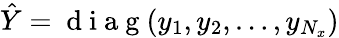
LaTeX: \hat{Y}=\mathrm{~d~i~a~g~}(y_{1},y_{2},\ldots,y_{N_{x}})